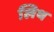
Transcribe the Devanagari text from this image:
लिथ